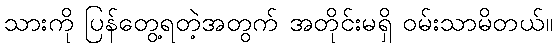
သားကို ပြန်တွေ့ရတဲ့အတွက် အတိုင်းမရှိ ဝမ်းသာမိတယ်။